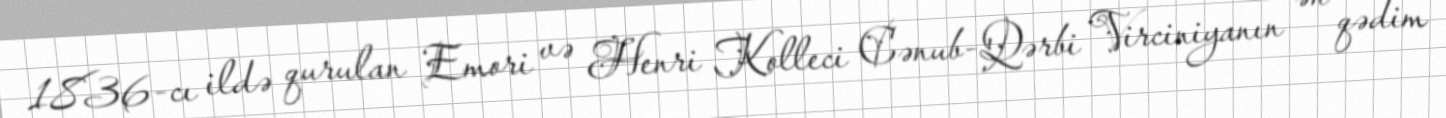
1836-cı ildə qurulan Emori və Henri Kolleci Cənub-Qərbi Virciniyanın ən qədim